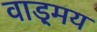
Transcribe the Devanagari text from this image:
वाड़्मय